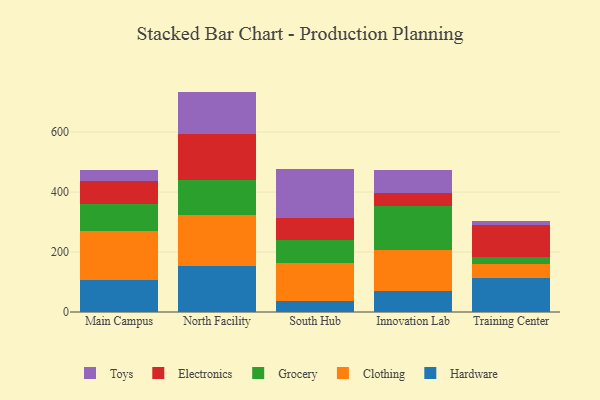
{"axis": {"x": "Campus", "y": "Waste Production (Tons)"}, "legend": ["Clothing", "Electronics", "Grocery", "Hardware", "Toys"], "data": [{"x": "Main Campus", "y": 106.5, "type": "Hardware"}, {"x": "Main Campus", "y": 164.7, "type": "Clothing"}, {"x": "Main Campus", "y": 89.0, "type": "Grocery"}, {"x": "Main Campus", "y": 76.7, "type": "Electronics"}, {"x": "Main Campus", "y": 36.4, "type": "Toys"}, {"x": "North Facility", "y": 153.6, "type": "Hardware"}, {"x": "North Facility", "y": 171.0, "type": "Clothing"}, {"x": "North Facility", "y": 117.1, "type": "Grocery"}, {"x": "North Facility", "y": 150.7, "type": "Electronics"}, {"x": "North Facility", "y": 142.5, "type": "Toys"}, {"x": "South Hub", "y": 37.5, "type": "Hardware"}, {"x": "South Hub", "y": 125.3, "type": "Clothing"}, {"x": "South Hub", "y": 77.8, "type": "Grocery"}, {"x": "South Hub", "y": 73.1, "type": "Electronics"}, {"x": "South Hub", "y": 164.5, "type": "Toys"}, {"x": "Innovation Lab", "y": 69.8, "type": "Hardware"}, {"x": "Innovation Lab", "y": 137.7, "type": "Clothing"}, {"x": "Innovation Lab", "y": 145.6, "type": "Grocery"}, {"x": "Innovation Lab", "y": 45.3, "type": "Electronics"}, {"x": "Innovation Lab", "y": 74.8, "type": "Toys"}, {"x": "Training Center", "y": 113.2, "type": "Hardware"}, {"x": "Training Center", "y": 45.7, "type": "Clothing"}, {"x": "Training Center", "y": 23.6, "type": "Grocery"}, {"x": "Training Center", "y": 109.2, "type": "Electronics"}, {"x": "Training Center", "y": 10.5, "type": "Toys"}]}